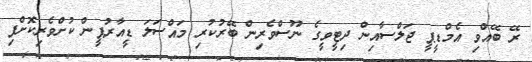
ރޭ ބޭއްވި އެމްޑީޕީ ޖަލްސާއިން ދިޓީވީގެ ނޫސްވެރިން ބޭރުކުރި މައްސަލަ ޑީއާރުޕީން ކުށްވެރިކޮށްފި